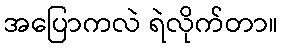
အပြောကလဲ ရဲလိုက်တာ။